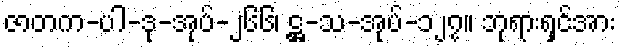
ဇာတက-ပါ-ဒု-အုပ်-၂၆၆၊ ဋ္ဌ-သ-အုပ်-၁၂၇။ ဘုရားရှင်အား